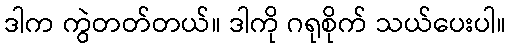
ဒါက ကွဲတတ်တယ်။ ဒါကို ဂရုစိုက် သယ်ပေးပါ။